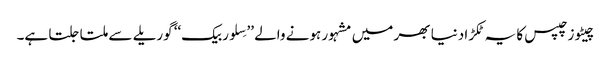
چیٹوز چپس کا یہ ٹکڑا دنیا بھر میں مشہور ہونے والے ’’سِلوربیک‘‘ گوریلے سے ملتا جلتا ہے۔